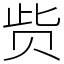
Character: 赀